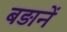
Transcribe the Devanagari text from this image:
बड़ानें